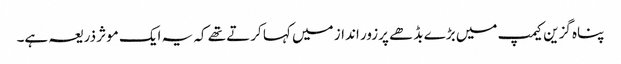
پناہ گزین کیمپ میں بڑے بڈھے پرزور انداز میں کہا کرتے تھے کہ یہ ایک موثر ذریعہ ہے۔